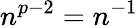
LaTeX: n^{p-2}=n^{-1}